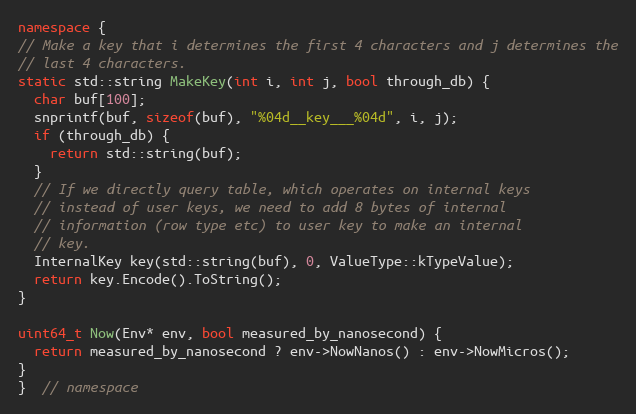
Language: C++
namespace {
// Make a key that i determines the first 4 characters and j determines the
// last 4 characters.
static std::string MakeKey(int i, int j, bool through_db) {
  char buf[100];
  snprintf(buf, sizeof(buf), "%04d__key___%04d", i, j);
  if (through_db) {
    return std::string(buf);
  }
  // If we directly query table, which operates on internal keys
  // instead of user keys, we need to add 8 bytes of internal
  // information (row type etc) to user key to make an internal
  // key.
  InternalKey key(std::string(buf), 0, ValueType::kTypeValue);
  return key.Encode().ToString();
}

uint64_t Now(Env* env, bool measured_by_nanosecond) {
  return measured_by_nanosecond ? env->NowNanos() : env->NowMicros();
}
}  // namespace